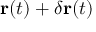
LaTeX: \mathbf { r } ( t ) + \delta \mathbf { r } ( t )